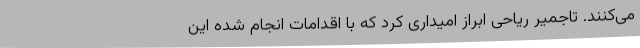
می‌کنند. تاجمیر ریاحی ابراز امیداری کرد که با اقدامات انجام شده این